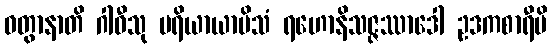
ဝတွာနာတိ ဂါဝီသု ပရိယာယာမိသံ ရဟောနိသဇ္ဇဿာဒေါ ဥဒကစာရီပိ